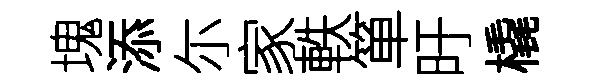
塊添尓家軼箪旴橇